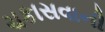
ચકાસવાની